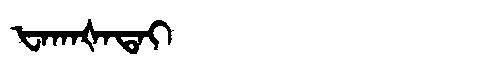
Manchu: ᡶᠠᡴᠠᡧᠠᡨᠠᡳ
Romanization: FAKAŠATAI